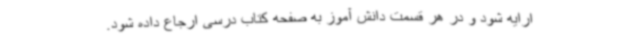
ارایه شود و در هر قسمت دانش آموز به صفحه کتاب درسی ارجاع داده شود.